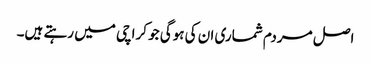
اصل مردم شماری ان کی ہوگی جو کراچی میں رہتے ہیں۔